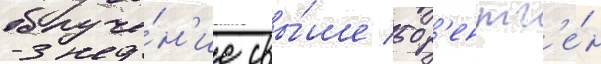
облуче́н'ие свы́ше 50 р'ентг'е́н